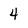
Character: 4